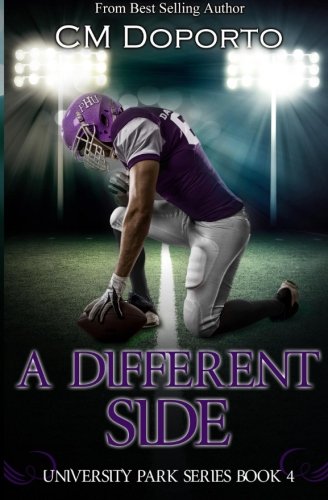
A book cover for A Different Side: Book 4 (University Park Series) (Volume 4); CM Doporto; Romance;